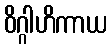
ဝိဂ္ဂါဟိကာယ